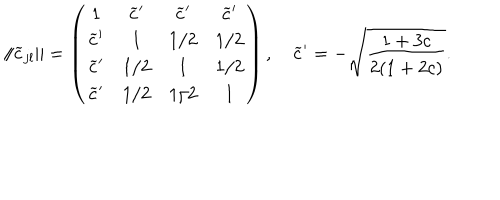
\| \widetilde { c } _ { j l } \| = \left( \begin{array} { c c c c } { { 1 } } & { { \widetilde { c } ^ { \prime } } } & { { \widetilde { c } ^ { \prime } } } & { { \widetilde { c } ^ { \prime } } } \\ { { \widetilde { c } ^ { \prime } } } & { { 1 } } & { { 1 / 2 } } & { { 1 / 2 } } \\ { { \widetilde { c } ^ { \prime } } } & { { 1 / 2 } } & { { 1 } } & { { 1 / 2 } } \\ { { \widetilde { c } ^ { \prime } } } & { { 1 / 2 } } & { { 1 / 2 } } & { { 1 } } \\ \end{array} \right) , \quad \widetilde { c } ^ { \prime } = - \sqrt { \frac { 1 + 3 c } { 2 ( 1 + 2 c ) } } .